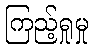
ကြည့်ရှုမှု